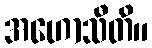
အဟောသီတိ။